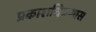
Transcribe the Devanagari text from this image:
प्रकाशचित्रणास